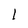
Character: I